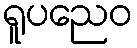
ရူပညေဝ